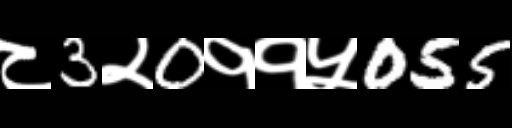
Text: ८3२0११५055